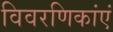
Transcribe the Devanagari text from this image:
विवरणिकांएं